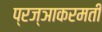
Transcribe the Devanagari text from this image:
प्रज्ञाकरमती